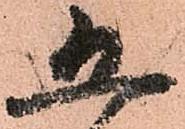
五